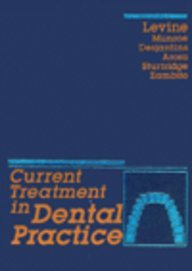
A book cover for Current Treatment in Dental Practice; Medical Books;